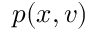
p ( x , v )